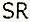
SR